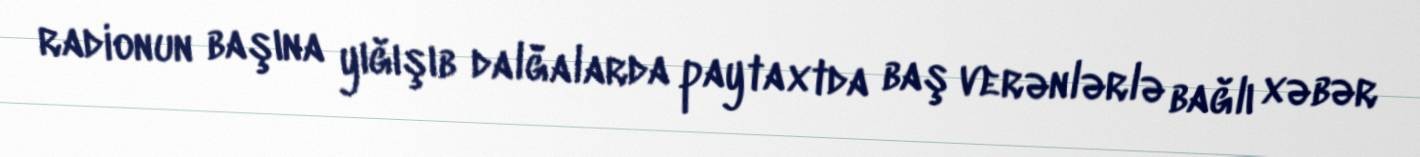
radionun başına yığışıb dalğalarda paytaxtda baş verənlərlə bağlı xəbər